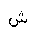
Letter: _shin